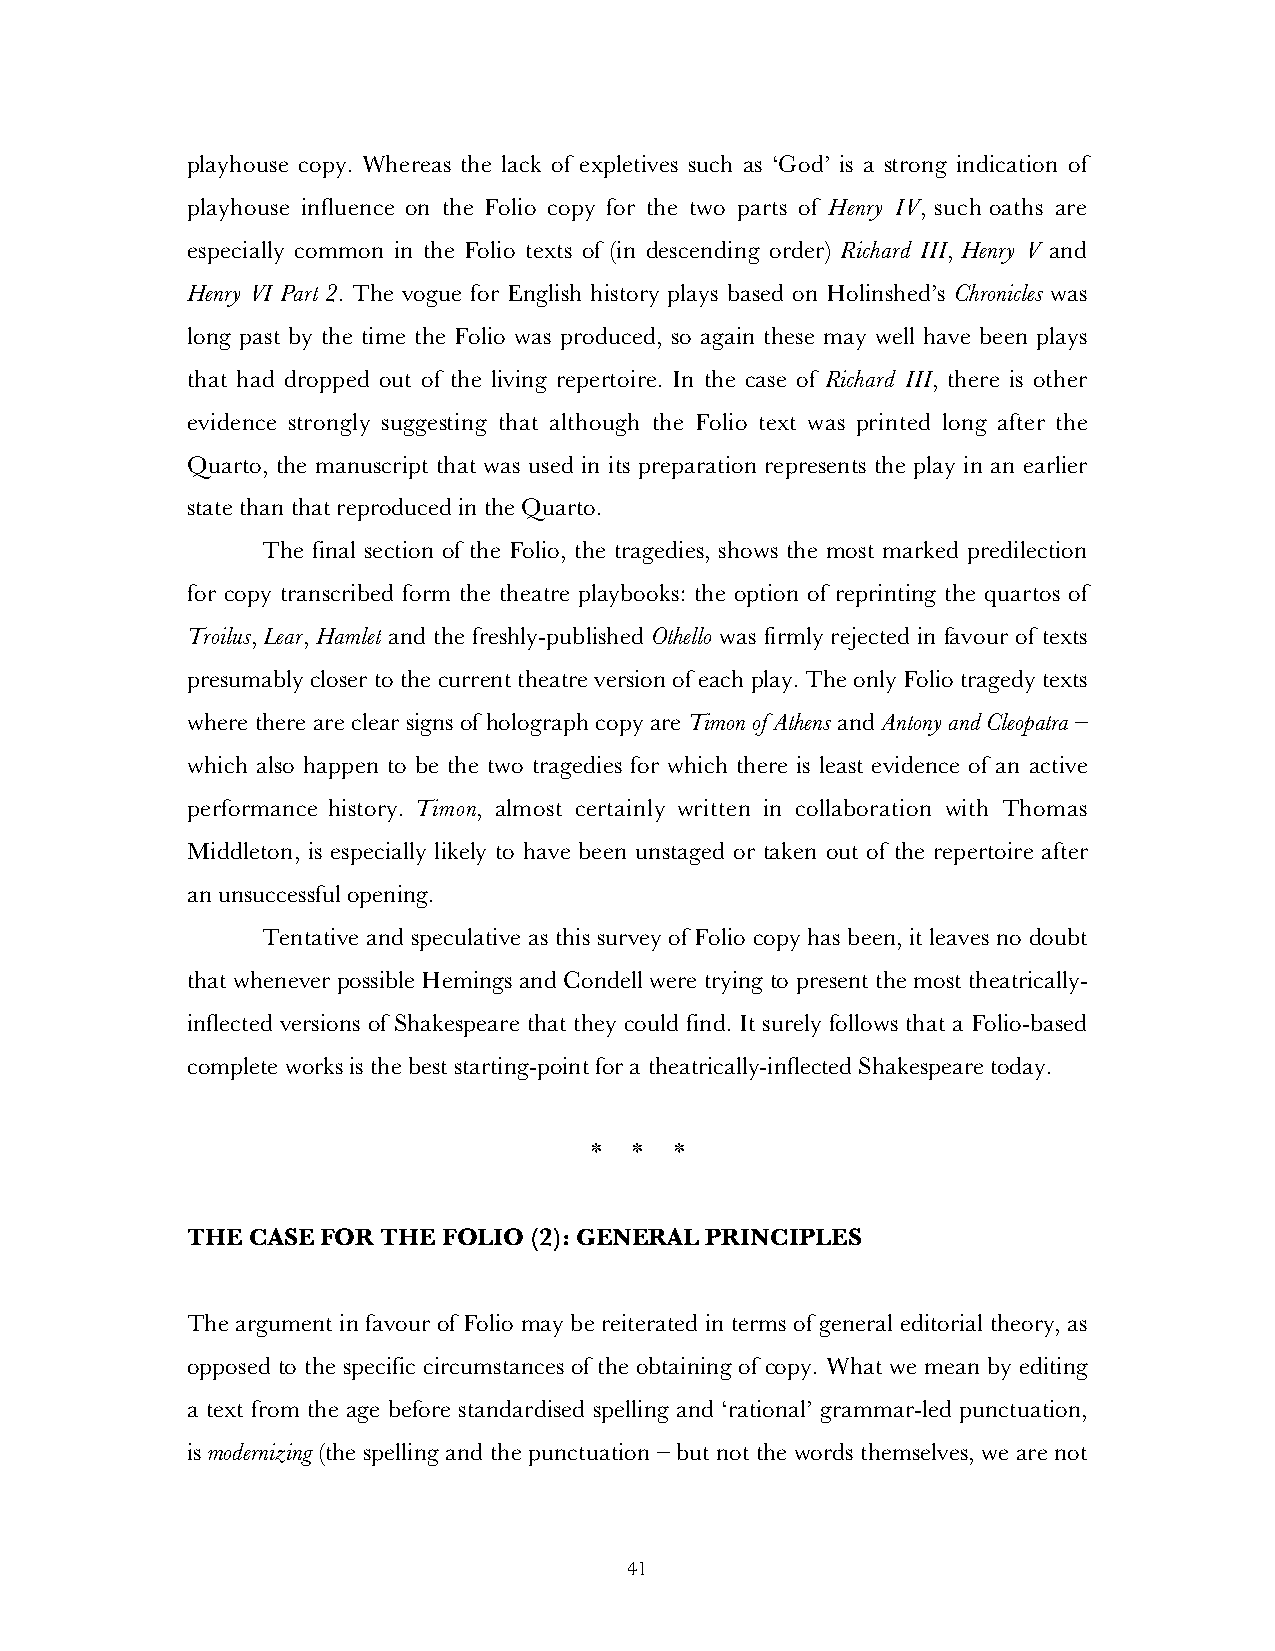
playhouse copy. Whereas the lack of expletives such as ‘God’ is a strong indication of
 playhouse influence on the Folio copy for the two parts of Henry IV, such oaths are
 especially common in the Folio texts of (in descending order) Richard III, Henry V and
 Henry VI Part 2. The vogue for English history plays based on Holinshed’s Chronicles was
 long past by the time the Folio was produced, so again these may well have been plays
 that had dropped out of the living repertoire. In the case of Richard III, there is other
 evidence strongly suggesting that although the Folio text was printed long after the
 Quarto, the manuscript that was used in its preparation represents the play in an earlier
 state than that reproduced in the Quarto.
 The final section of the Folio, the tragedies, shows the most marked predilection
 for copy transcribed form the theatre playbooks: the option of reprinting the quartos of
 Troilus, Lear, Hamlet and the freshly-published Othello was firmly rejected in favour of texts
 presumably closer to the current theatre version of each play. The only Folio tragedy texts
 where there are clear signs of holograph copy are Timon of Athens and Antony and Cleopatra –
 which also happen to be the two tragedies for which there is least evidence of an active
 performance history. Timon, almost certainly written in collaboration with Thomas
 Middleton, is especially likely to have been unstaged or taken out of the repertoire after
 an unsuccessful opening.
 Tentative and speculative as this survey of Folio copy has been, it leaves no doubt
 that whenever possible Hemings and Condell were trying to present the most theatrically-
 inflected versions of Shakespeare that they could find. It surely follows that a Folio-based
 complete works is the best starting-point for a theatrically-inflected Shakespeare today.
 *  *  *
 THE CASE FOR THE FOLIO (2): GENERAL PRINCIPLES
 The argument in favour of Folio may be reiterated in terms of general editorial theory, as
 opposed to the specific circumstances of the obtaining of copy. What we mean by editing
 a text from the age before standardised spelling and ‘rational’ grammar-led punctuation,
 is modernizing (the spelling and the punctuation – but not the words themselves, we are not
 41